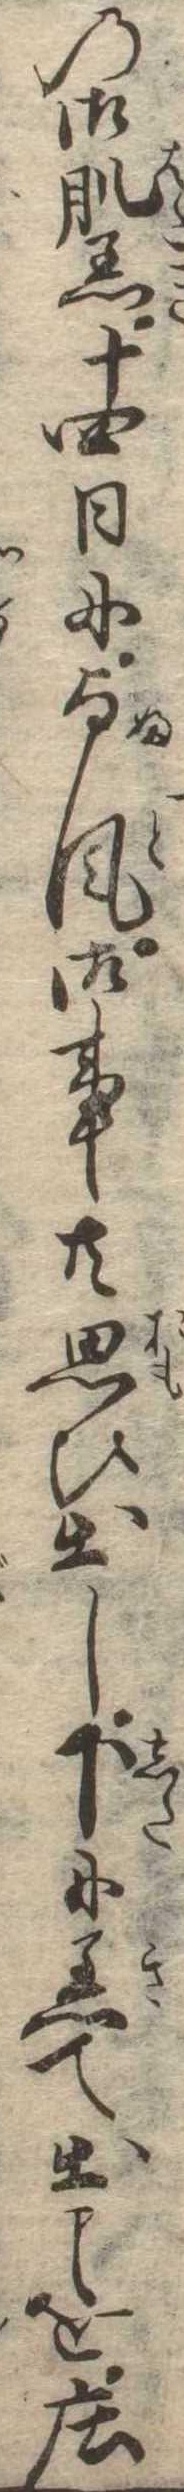
の御肌着十四日に与風御事共思ひ出し下に着て出を荘